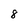
Character: 8